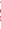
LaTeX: \! \! \! \! \! \! \! \! \! \! \! \ensuremath{\mathcal{Z}}\! \! \! \! \! \! \! \! \! \! \! \! ^{\! }\! \! \! \! \! \! \! \! \! \! \! +\! \! \! \! \! \! \! \! \! \! \! \! =\! \! \! \! \! \! \! \! \! \! \! \! \ensuremath{\mathcal{Z}}\! \! \! \! \! \! \! \! \! \! \! \! |\! \! \! \! \! \! \! \! \! \! \! \! _{\! }\! \! \! \! \! \! \! \! \! \! \! {S\! \! \! \! \! \! \! \! \! \! \! \! ^{\! }\! \! \! \! \! \! \! \! \! \! \! +\! \! \! \! \! \! \! \! \! \! \! \! }\! \! \! \! \! \! \! \! \! \! \!